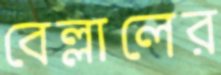
বেল্লালের